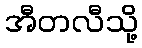
အီတလီသို့